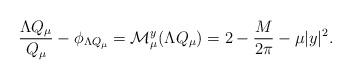
LaTeX: \begin{align*}\frac{\Lambda Q_\mu}{Q_\mu}-\phi_{\Lambda Q_\mu}={\mathcal{M}_\mu^y}(\Lambda Q_\mu)=2-\frac{M}{2\pi}-\mu|y|^2.\end{align*}